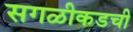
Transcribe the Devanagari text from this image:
सगळीकडची